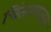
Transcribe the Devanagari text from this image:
चिंतनफलक